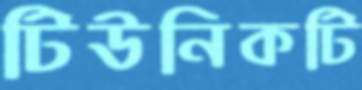
টিউনিকটি